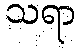
သရာ